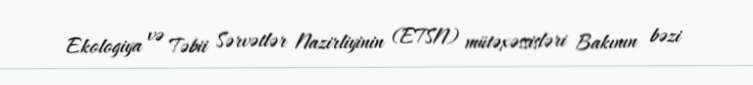
Ekologiya və Təbii Sərvətlər Nazirliyinin (ETSN) mütəxəssisləri Bakının bəzi